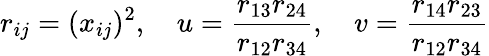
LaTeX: r_{ij}=(x_{ij})^{2},\quad u=\frac{r_{13}r_{24}}{r_{12}r_{34}},\quad v=\frac{r_{14}r_{23}}{r_{12}r_{34}}